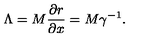
\Lambda = M \frac { \partial r } { \partial x } = M \gamma ^ { - 1 } .